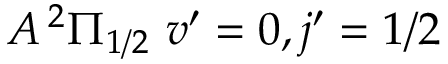
A \, ^ { 2 } \Pi _ { 1 / 2 } \ v ^ { \prime } = 0 , j ^ { \prime } = 1 / 2